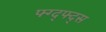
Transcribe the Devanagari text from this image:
फ्ग्द्फ्द्स